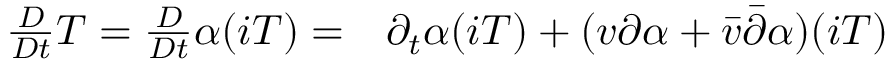
\begin{array} { r l } { \frac { D } { D t } T = \frac { D } { D t } \alpha ( i T ) = } & { { } \partial _ { t } \alpha ( i T ) + ( v \partial \alpha + \bar { v } \bar { \partial } \alpha ) ( i T ) } \end{array}